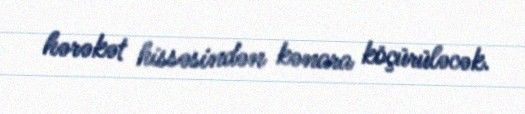
hərəkət hissəsindən kənara köçürüləcək.